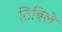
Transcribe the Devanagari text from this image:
तिबिले